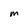
Character: m